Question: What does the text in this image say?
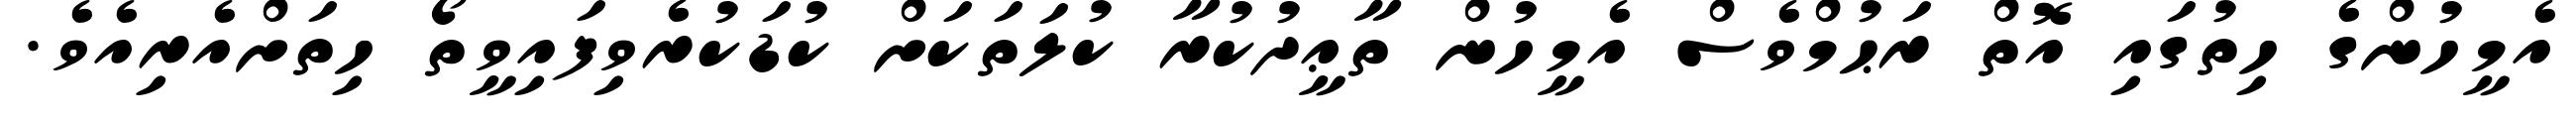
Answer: އެމީހުންގެ ހިތުގައި އޮތް ރަޙުމްވެސް އެމީހުން ތާޢީދުކުރާ ކުލަތަކަށް ކުޑަކުރެވިފައިވީތޯ ހިތަށްއެރިއެވެ.